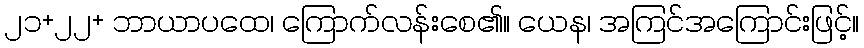
၂၁+၂၂+ ဘာယာပထေ၊ ကြောက်လန်းစေ၏။ ယေန၊ အကြင်အကြောင်းဖြင့်။